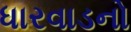
ધારવાડનો